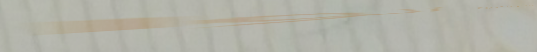
ورشة عمل لتصليح جميع أنوا